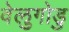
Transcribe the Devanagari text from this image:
वेलुगोडु